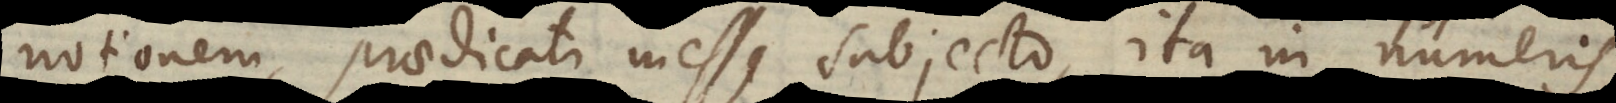
notionem praedicati inesse subjecto, ita in numeris